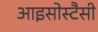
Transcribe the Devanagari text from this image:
आइसोस्टैसी